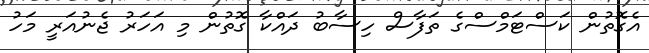
އެގޮތުން ކަސްޓަމްސްގެ ތަފާސް ހިސާބު ދައްކާ ގޮތުން މި އަހަރު ޖެނުއަރީ މަހު